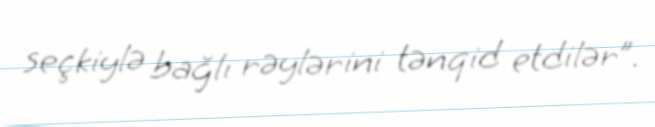
seçkiylə bağlı rəylərini tənqid etdilər”.